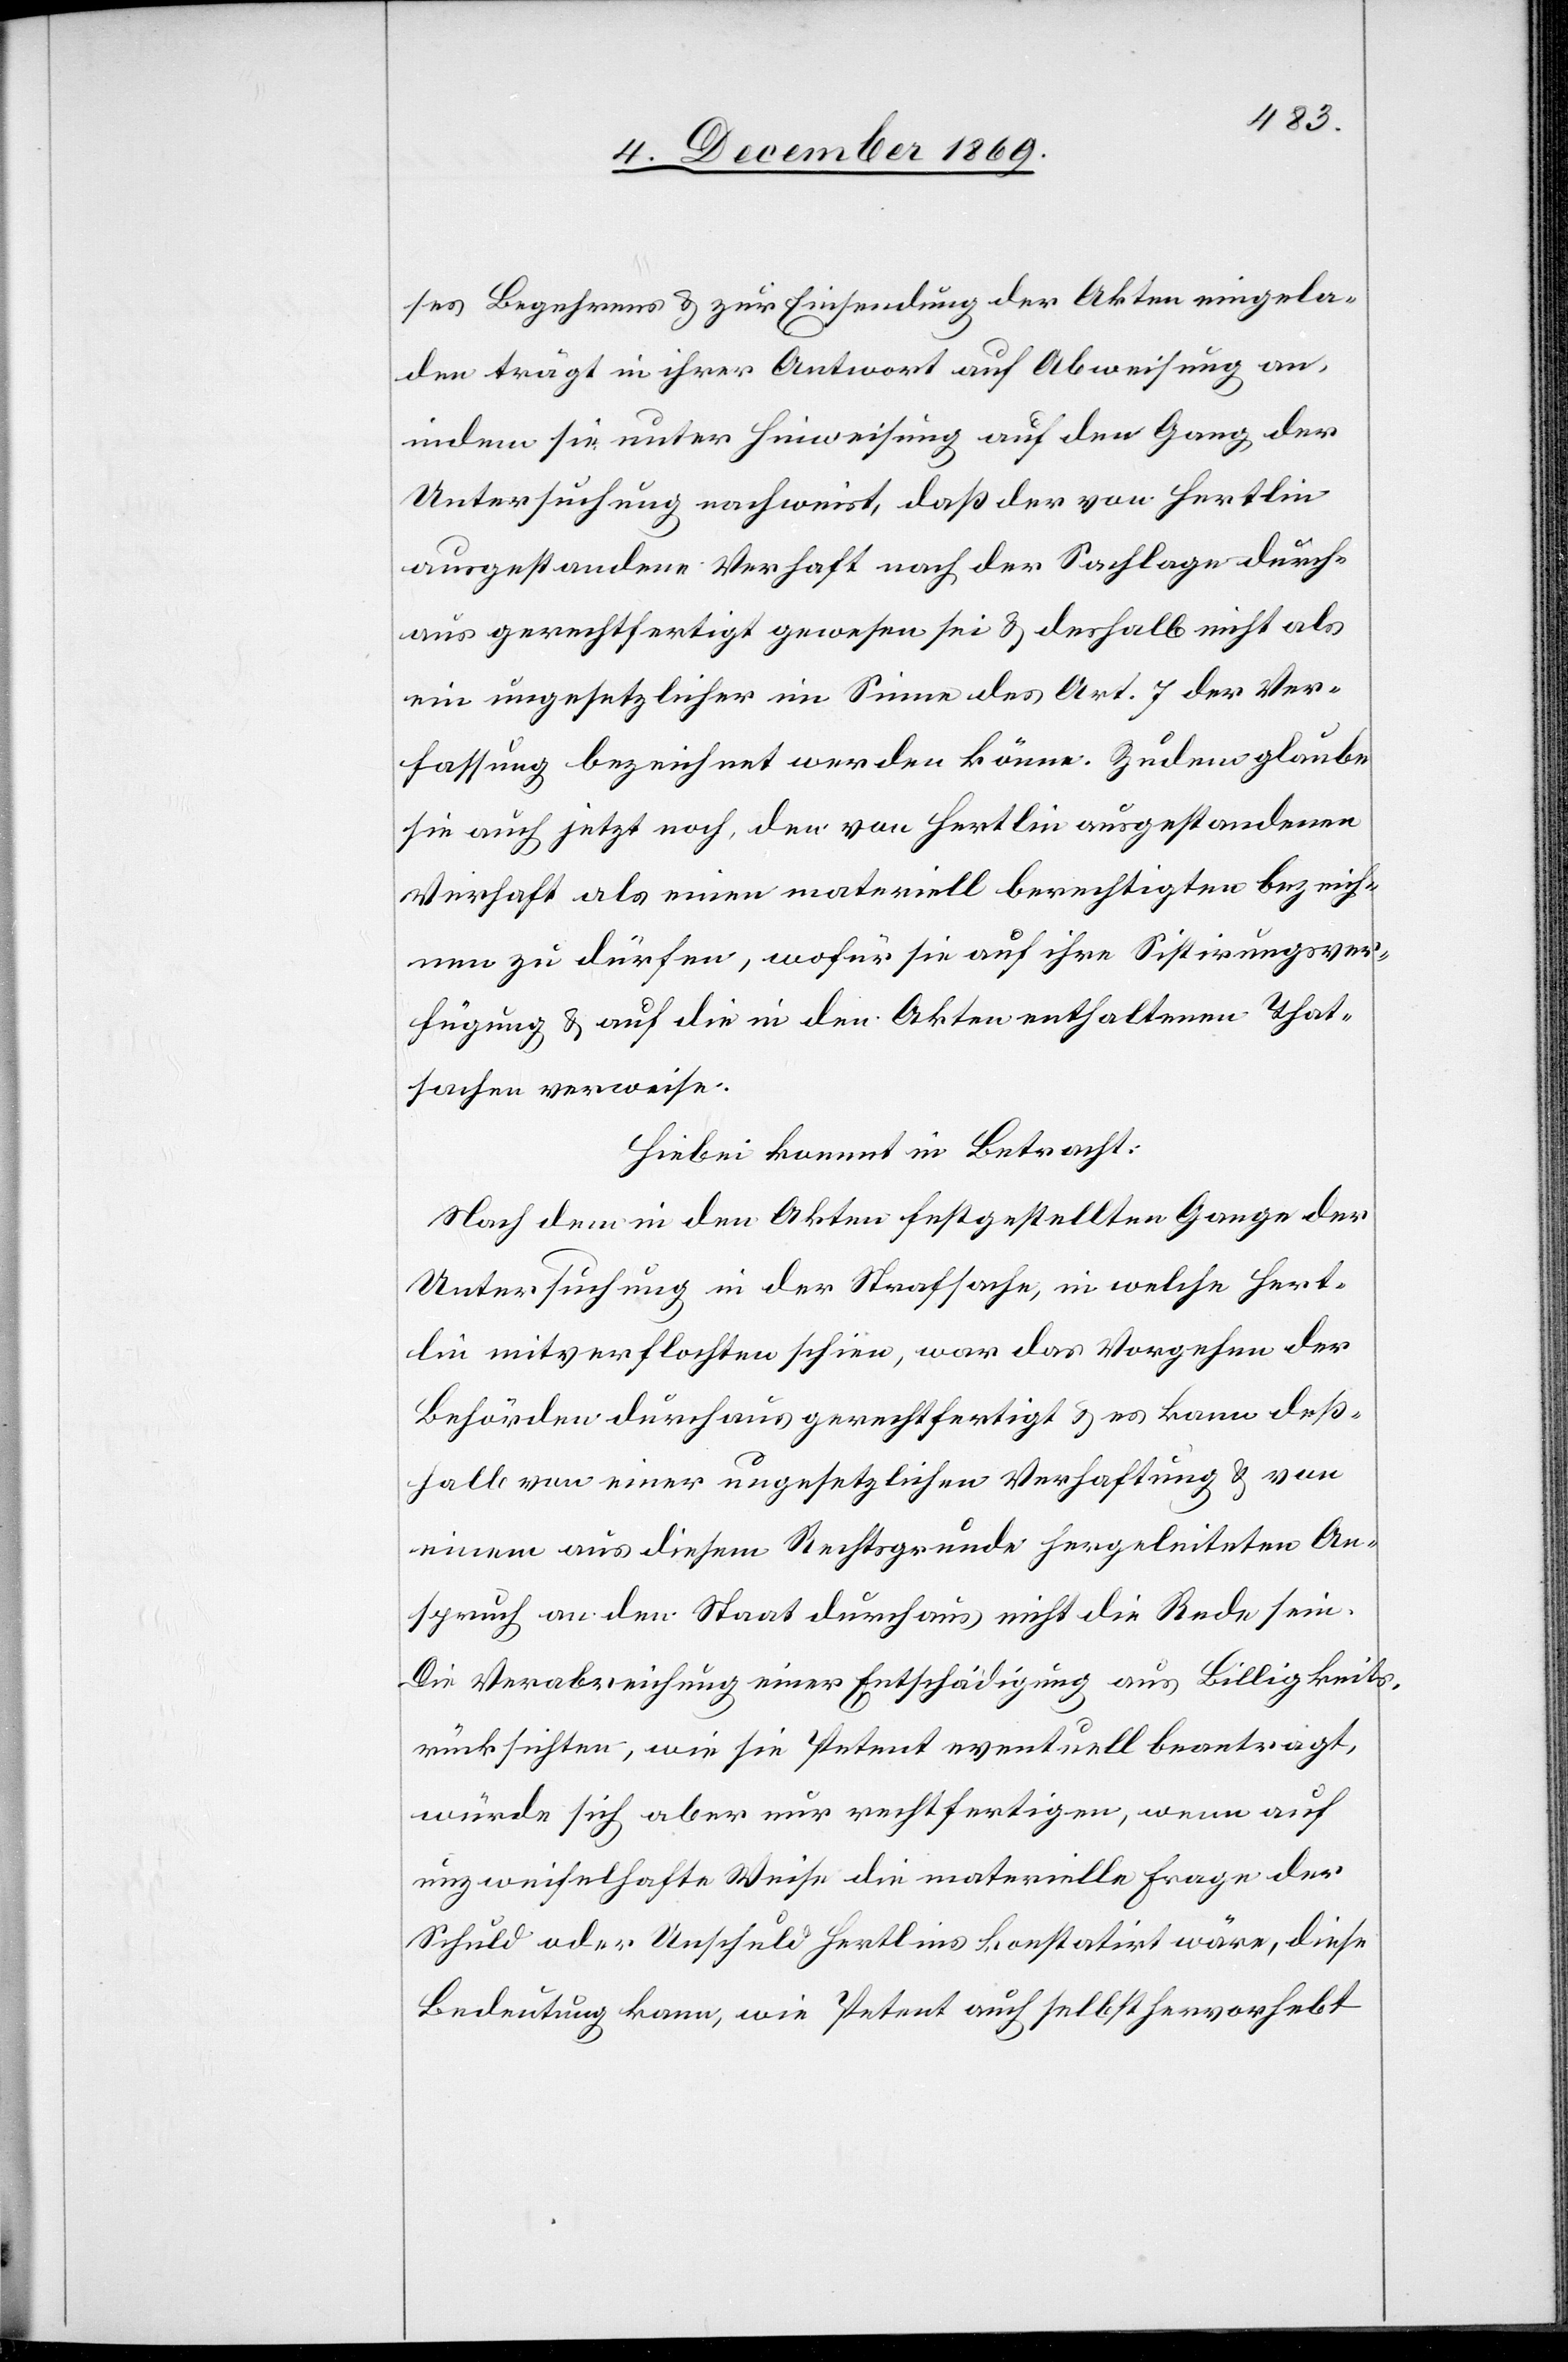
ses Begehrens & zur Einsendung der Akten eingela¬
den trägt in ihrer Antwort auf Abweisung an,
indem sie unter Hinweisung auf den Gang der
Untersuchung nachweist, daß der von Hertlin
ausgestandene Verhaft nach der Sachlage durch¬
aus gerechtfertigt gewesen sei & deshalb nicht als
ein ungesetzlicher im Sinne des Art. 7 der Ver¬
fassung bezeichnet werden könne. Zudem glaube
sie auch jetzt noch, den von Hertlin ausgestandenen
Verhaft als einen materiell berechtigten bezeich¬
nen zu dürfen, wofür sie auf ihre Sistirungsver¬
fügung & auf die in den Akten enthaltenen That¬
sachen verweise.
Hiebei kommt in Betracht:
Nach dem in den Akten festgestellten Gange der
Untersuchung in der Strafsache, in welche Hert¬
lin mitverflochten schien, war das Vorgehen der
Behörden durchaus gerechtfertigt & es kann deß¬
halb von einer ungesetzlichen Verhaftung & von
einem aus diesem Rechtsgrunde hergeleiteten An¬
spruch an den Staat durchaus nicht die Rede sein.
Die Verabreichung einer Entschädigung aus Billigkeits¬
rücksichten, wie sie Petent eventuell beantragt,
würde sich aber nur rechtfertigen, wenn auf
unzweifelhafte Weise die materielle Frage der
Schuld oder Unschuld Hertlins konstatirt wäre, diese
Bedeutung kann, wie Petent auch selbst hervorhebt